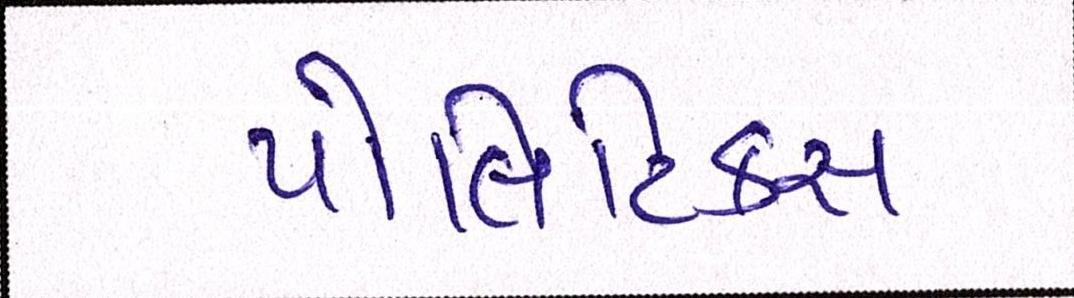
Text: પોલિટિકસ